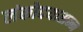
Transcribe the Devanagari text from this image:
लंकोदयासन्न